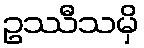
ဥဿီသမှိ